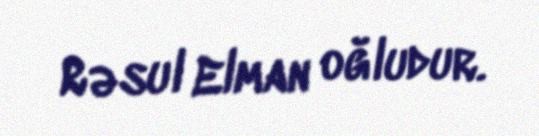
Rəsul Elman oğludur.